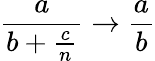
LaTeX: {\frac{a}{b+{\frac{c}{n}}}}\to{\frac{a}{b}}